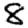
Digit: 8